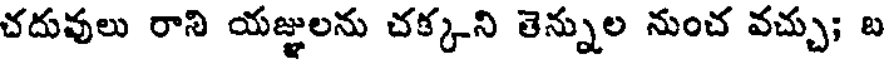
చదువులు రాని యజ్ఞులను చక్కని తెన్నుల నుంచ వచ్చు; బ